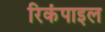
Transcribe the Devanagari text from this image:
रिकंपाइल